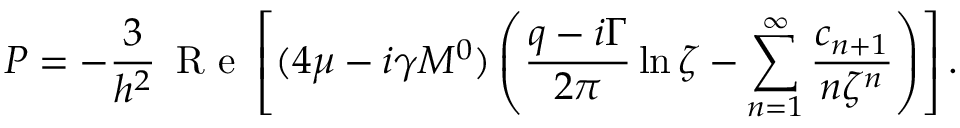
P = - \frac { 3 } { h ^ { 2 } } \, \mathrm { ~ R ~ e ~ } \left[ ( 4 \mu - i \gamma M ^ { 0 } ) \left( \frac { q - i \Gamma } { 2 \pi } \ln \zeta - \sum _ { n = 1 } ^ { \infty } \frac { c _ { n + 1 } } { n \zeta ^ { n } } \right) \right] .